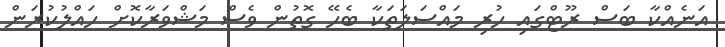
އަނެއްކާ ބަސް ރޫޓްގައި ހުރި މައްސަލަތަކާ ބެހޭ ގޮތުން ވެސް މަޝްވަރާކޮށް ހައްލުކުރަން